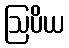
ဩပိယ